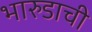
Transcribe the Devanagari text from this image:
भारुडाची